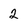
Character: 2